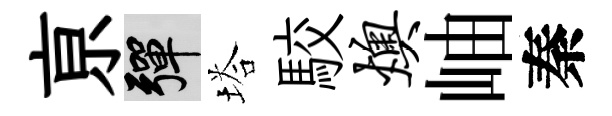
亰彈塔駮燠岫秦